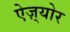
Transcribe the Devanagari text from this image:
ऐज़्योर